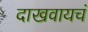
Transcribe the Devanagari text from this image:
दाखवायचं